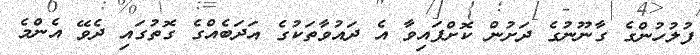
ފުލުހުންގެ ގާނޫނުގެ ދަށުން ކޮށްފައިވާ އެ ދައުވާތަކުގެ އަދަބެއްގެ ގޮތުގައި ދެވޭ އެންމެ